Civil Veterinary Dept. Bombay admin report 1900-1906 - 1900-1906
Year: 1900
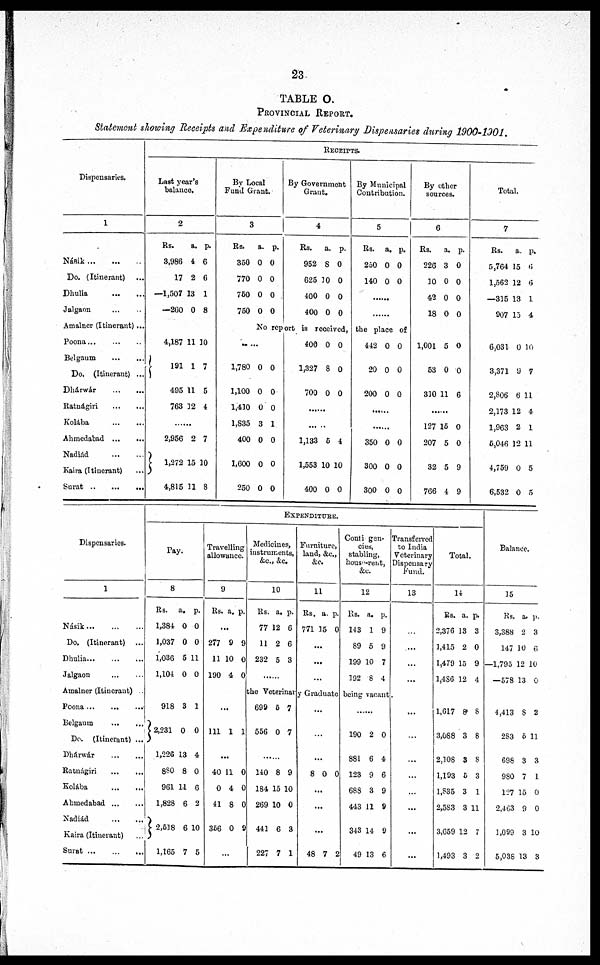
23
TABLE O.
PROVINCIAL REPORT.
Statement showing Receipts and Expenditure of Veterinary Dispensaries during 1900-1901.
Dispensaries.
1
Násik ... ... ...
Do. (Itinerant) ...
Dhulia
...
...
Jalgaon
...
...
Amalner (Itinerant) ...
Poona ... ... ...
Belgaum ... ...
Do. (Itinerant) ...
Dhárwár
...
...
Ratnágiri ... ...
Kolába
...
...
Ahmedabad
...
...
Nadiád
...
...
Kaira (Itinerant) ...
Surat
...
...
...
RECEIPTS.
Last year's
balance.
2
Rs.
3,986
17
—1,507
—260
a.
4
2
13
0
p.
6
6
1
8
4,187
191
495
763
11
1
11
12
10
7
5
4
2,956
1,272
4,815
2
15
11
7
10
8
By Local
Fund Grant.
3
Rs.
350
770
750
750
a.
0
0
0
0
p.
0
0
0
0
By Government
Grant.
4
Rs.
952
625
400
400
a.
8
10
0
0
p.
0
0
0
0
By Municipal
Contribution.
5
Rs.
250
140
a.
0
0
p.
0
0
......
By other
sources.
6
Rs.
226
10
42
18
a.
3
0
0
0
p.
0
0
0
0
No report is received, the place of
......
1,780
1,100
1,410
1,835
400
1,600
250
0
0
0
3
0
0
0
0
0
0
1
0
0
0
400
1,327
700
0
8
0
0
0
0
......
......
1,133
1,553
400
5
10
0
4
10
0
442
20
200
0
0
0
0
0
0
......
350
300
300
0
0
0
0
0
0
1,001
53
310
5
0
11
0
0
6
......
127
207
32
766
15
5
5
4
0
0
9
9
Total.
7
Rs.
5,764
1,562
—315
907
6,031
3,371
2,806
2,173
1,963
5,046
4,759
6,532
a.
15
12
13
15
0
9
6
12
2
12
0
0
p.
6
6
1
4
10
7
11
4
1
11
5
5
Dispensaries.
1
Násik
...
...
...
Do. (Itinerant) ...
Dhulia
...
...
...
Jalgaon
...
...
Amalner (Itinerant) ..
Poona
...
...
...
Belgaum
... ...
Do. (Itinerant) ...
Dhárwár
...
...
Ratnágiri ... ...
Kolába
...
...
Ahmedabad ... ...
Nadiád
...
...
Kaira (Itinerant) ...
Surat
...
...
...
EXPENDITURE.
Pay.
8
Rs.
1,384
1,037
1,036
1,104
a.
0
0
5
0
p.
0
0
11
0
918
2,231
1,226
880
961
1,828
2,518
1,165
3
0
13
8
11
6
6
7
1
0
4
0
6
2
10
5
Travelling
allowance.
9
Rs. a. p.
...
277
11
190
9
10
4
9
0
0
...
111
1 1
...
40
0
41
356
11
4
8
0
0
0
0
9
...
Medicines,
instruments,
&c., &c.
10
Rs.
77
11
232
a.
12
2
5
p.
6
6
3
Furniture,
land, &c.,
&c.
11
Rs.
771
a.
15
p.
0
...
...
...
Contigen¬
cies,
stabling,
house-rent,
&c.
12
Rs.
143
89
199
192
a.
1
5
10
8
p.
9
9
7
4
the Veterinary Graduate being vacant.
699
556
5
0
7
7
140
184
269
441
227
8
15
10
6
7
9
10
0
3
1
...
...
...
8 0 0
...
...
...
48 7 2
...
190
881
123
688
443
343
49
2
6
9
3
11
14
13
0
4
6
9
9
9
6
Transferred
to India
Veterinary
Dispensary
Fund.
13
...
...
...
...
...
...
...
...
...
...
...
...
Total.
14
Rs.
2,376
1,415
1,479
3,486
a.
13
2
15
12
p.
3
0
9
4
1,617
3,088
2,108
1,193
1,835
2,583
3,659
1,493
9
3
3
5
3
3
12
3
8
8
8
3
1
11
7
2
Balance.
15
Rs.
3,388
147
—1,795
—578
a.
2
10
12
13
p.
3
6
10
0
4,413
283
698
980
127
2,463
1,099
5,038
8
5
3
7
15
9
3
13
2
11
3
1
0
0
10
3